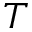
T